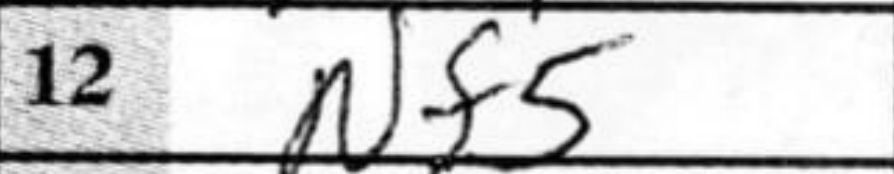
Transcription: Nf5